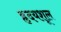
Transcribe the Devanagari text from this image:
हृदयशूल